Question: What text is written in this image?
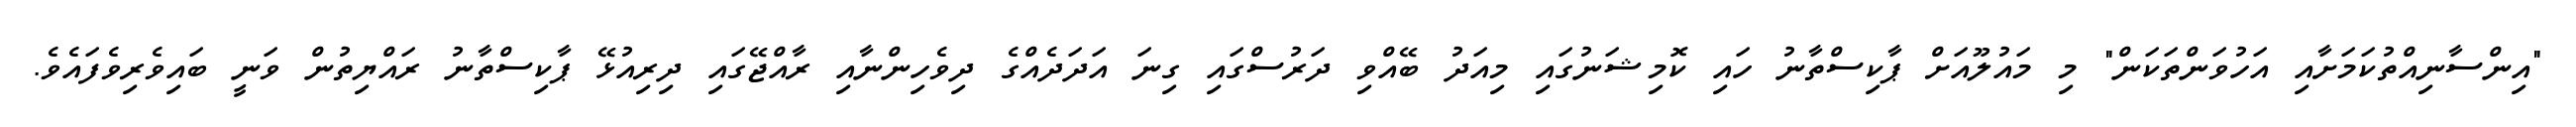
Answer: "އިންސާނިއްތުކަމަށާއި އަހުވަންތަކަން" މި މައުލޫއަށް ޕާކިސްތާނު ހައި ކޮމިޝަނުގައި މިއަދު ބޭއްވި ދަރުސްގައި ގިނަ އަދަދެއްގެ ދިވެހިންނާއި ރާއްޖޭގައި ދިރިއުޅޭ ޕާކިސްތާނު ރައްޔިތުން ވަނީ ބައިވެރިވެފައެވެ.